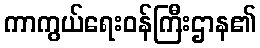
ကာကွယ်ရေးဝန်ကြီးဌာန၏